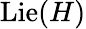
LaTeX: \operatorname{Lie}(H)